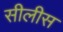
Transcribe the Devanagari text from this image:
सीलीस